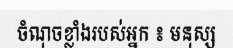
ចំណុចខ្លាំងរបស់អ្នក ៖ មនុស្ស